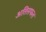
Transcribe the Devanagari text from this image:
अतिसफल